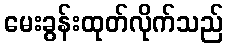
မေးခွန်းထုတ်လိုက်သည်